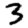
Digit: 3